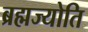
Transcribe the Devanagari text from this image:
ब्रह्मज्योति